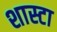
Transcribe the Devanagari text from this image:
शास्टा